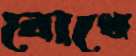
রোধে